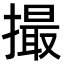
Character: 撮